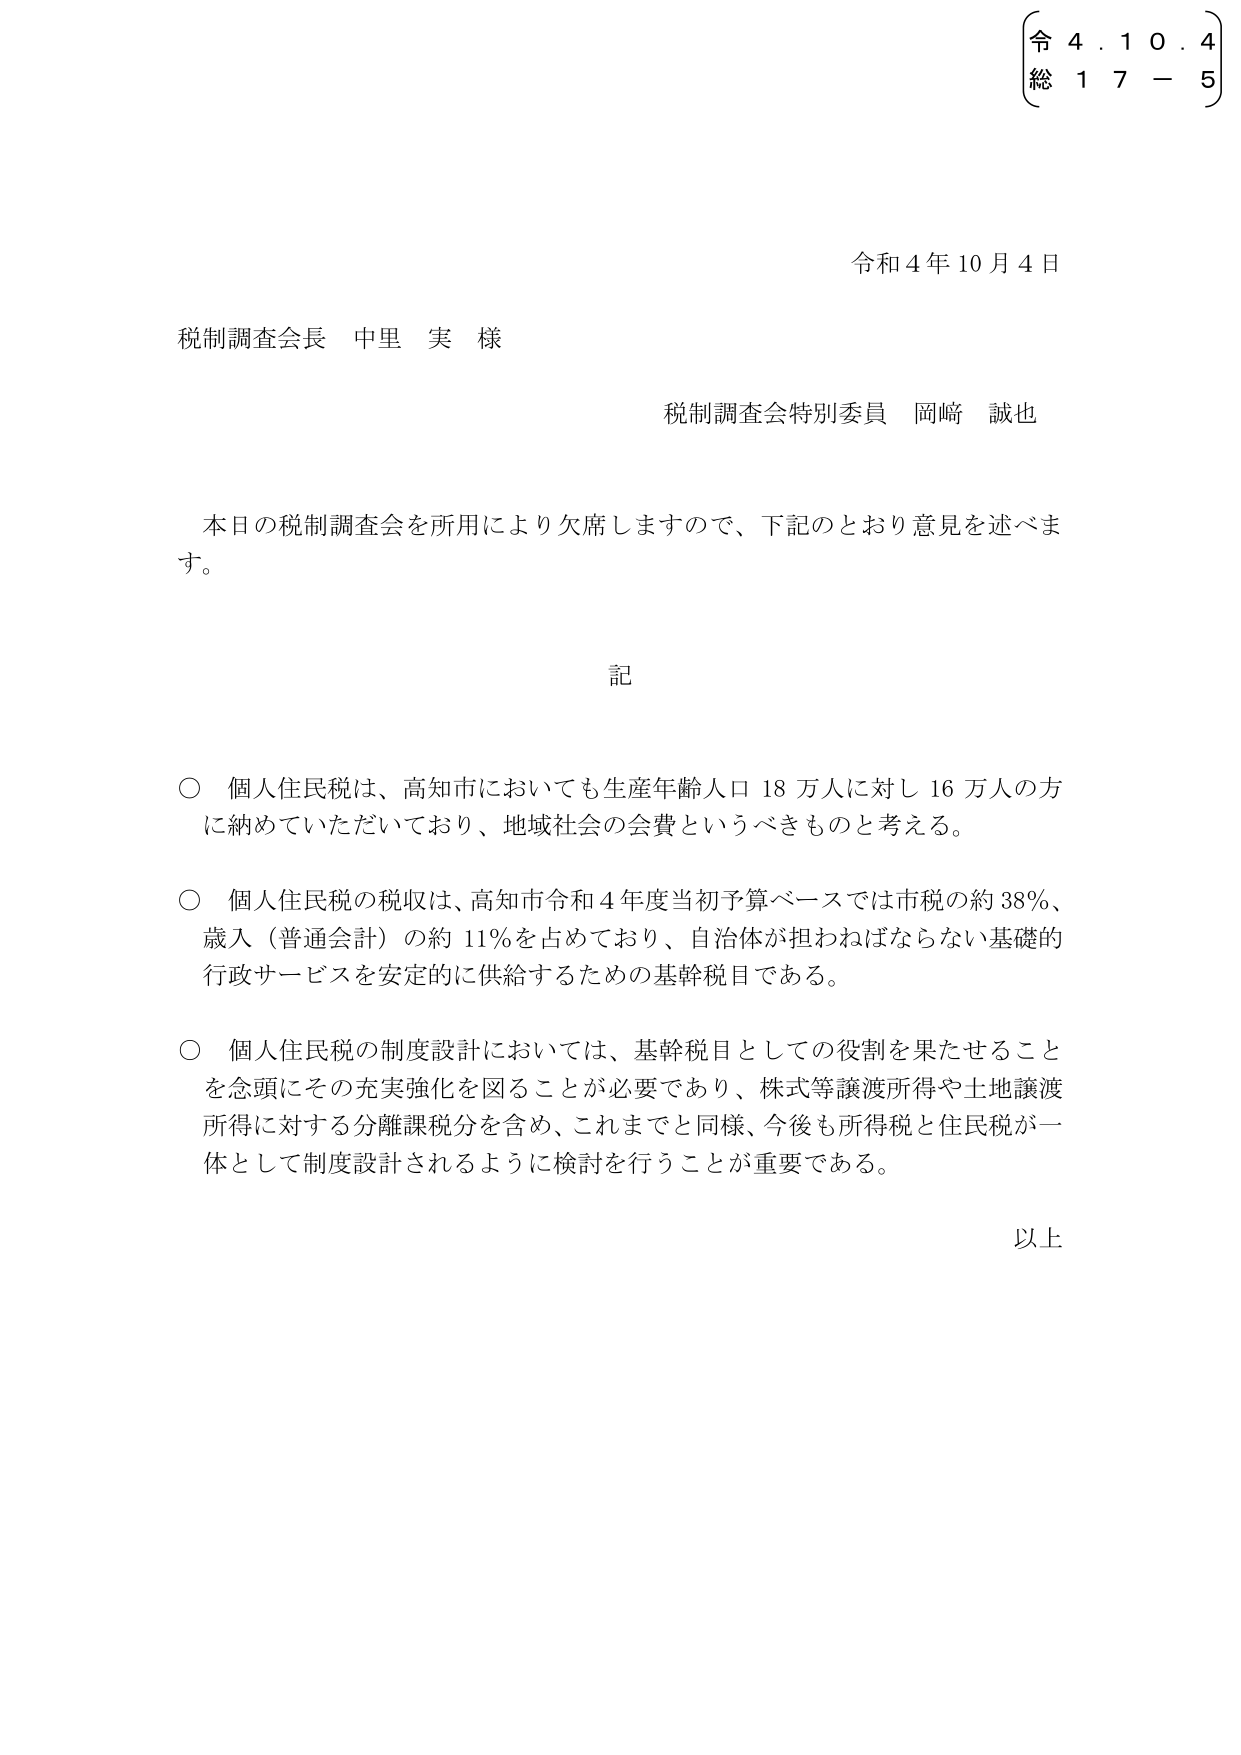
令 4. 1 0. 4
総 1 7 - 5

令和4年10月4日

税制調査会長 中里 実 様

税制調査会特別委員 岡﨑 誠也

本日の税制調査会を所用により欠席しますので、下記のとおり意見を述べます。

記

○ 個人住民税は、高知市においても生産年齢人口18万人に対し16万人の方に納めていただいており、地域社会の会費というべきものと考える。

○ 個人住民税の税収は、高知市令和4年度当初予算ベースでは市税の約38％、歳入（普通会計）の約11％を占めており、自治体が担わねばならない基礎的行政サービスを安定的に供給するための基幹税目である。

○ 個人住民税の制度設計においては、基幹税目としての役割を果たせることを念頭にその充実強化を図ることが必要であり、株式等譲渡所得や土地譲渡所得に対する分離課税分を含め、これまでと同様、今後も所得税と住民税が一体として制度設計されるように検討を行うことが重要である。

以上